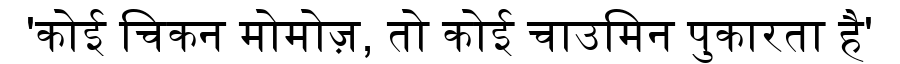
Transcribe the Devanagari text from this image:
'कोई चिकन मोमोज़, तो कोई चाउमिन पुकारता है'